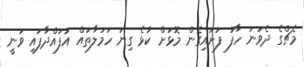
މެޗްގެ ދެވަނަ ހާފު ފަށައިގެން މޮޅަށް ކުޅެ ގިނަ ހަމަލާތައް އުފައްދާފައި ވަނީ